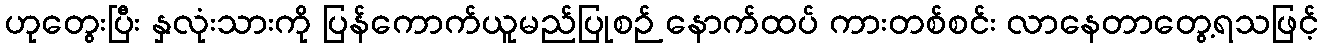
ဟုတွေးပြီး နှလုံးသားကို ပြန်ကောက်ယူမည်ပြုစဉ် နောက်ထပ် ကားတစ်စင်း လာနေတာတွေ့ရသဖြင့်